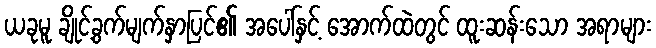
ယခုမူ ချိုင့်ခွက်မျက်နှာပြင်၏ အပေါ်နှင့် အောက်ထဲတွင် ထူးဆန်းသော အရာများ